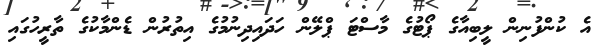
އެ ކުންފުނިން ލީބިއާގެ ޕޯޓުގެ މާސްޓަ ޕްލޭން ހަދައިދިނުމުގެ އިތުރުން ޑެންމާކުގެ ތާރީހުގައި